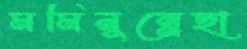
মমিনুন্নেছা